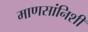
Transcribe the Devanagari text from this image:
माणसांनिशी